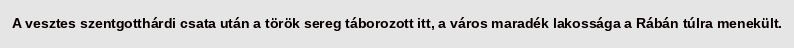
A vesztes szentgotthárdi csata után a török sereg táborozott itt, a város maradék lakossága a Rábán túlra menekült.